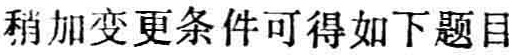
稍加变更条件可得如下题目